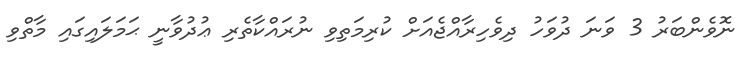
ނޮވެންބަރު 3 ވަނަ ދުވަހު ދިވެހިރާއްޖެއަށް ކުރިމަތިވި ނުރައްކާތެރި ޢުދުވާނީ ޙަމަލައިގައި މާތްވި